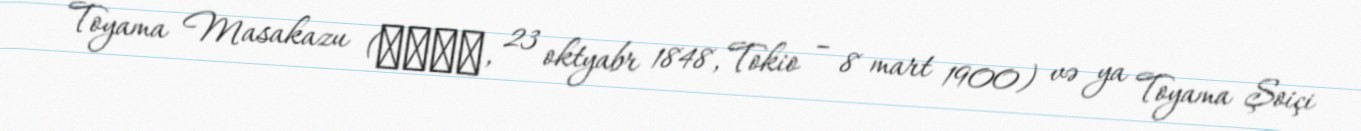
Toyama Masakazu (外山正一, 23 oktyabr 1848, Tokio – 8 mart 1900) və ya Toyama Şoiçi